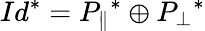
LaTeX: Id^{*}={P_{\parallel}}^{*}\oplus{P_{\perp}}^{*}